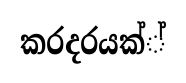
කරදරයක්්